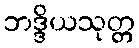
ဘဒ္ဒိယသုတ္တ